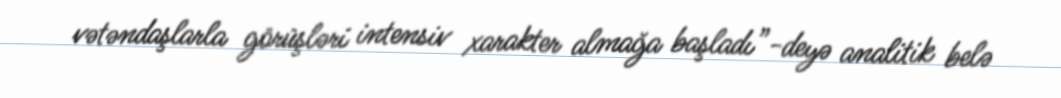
vətəndaşlarla görüşləri intensiv xarakter almağa başladı”-deyə analitik belə